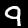
Digit: 9